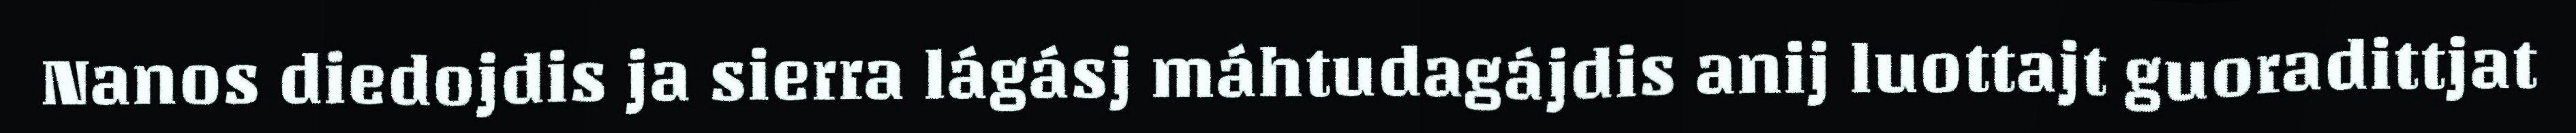
Nanos diedojdis ja sierra lágásj máhtudagájdis anij luottajt guoradittjat